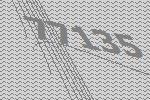
77135